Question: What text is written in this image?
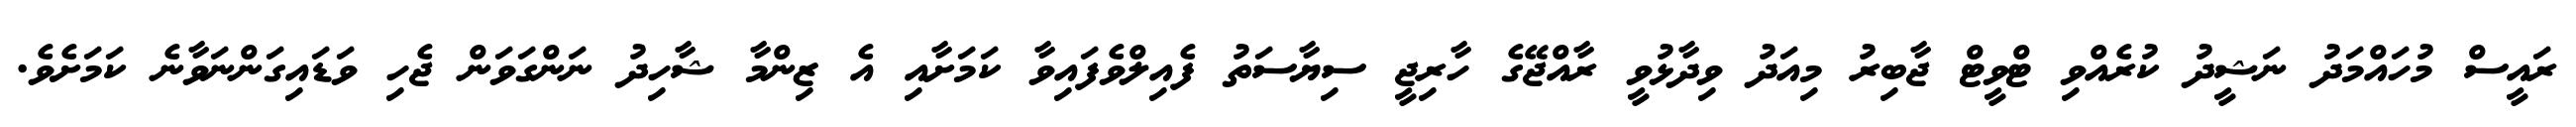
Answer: ރައީސް މުހައްމަދު ނަޝީދު ކުރެއްވި ޓްވީޓް ޖާބިރު މިއަދު ވިދާޅުވީ ރާއްޖޭގެ ހާރިޖީ ސިޔާސަތު ފެއިލްވެފައިވާ ކަމަށާއި އެ ޒިންމާ ޝާހިދު ނަންގަވަން ޖެހި ވަޑައިގަންނަވާނެ ކަމަށެވެ.